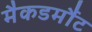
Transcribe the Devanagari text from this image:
मैकडर्मौट